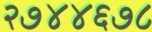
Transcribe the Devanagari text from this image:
२७४४६७८